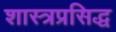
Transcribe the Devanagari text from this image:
शास्त्रप्रसिद्ध